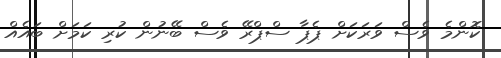
ކޮންމެ ވެސް ވަރަކަށް ޕެޕާ ސްޕްރޭ ވެސް ބޭނުން ކުރި ކަމަށް ބައެއް